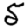
Digit: 5